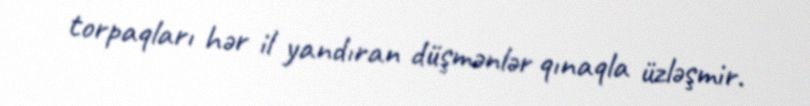
torpaqları hər il yandıran düşmənlər qınaqla üzləşmir.